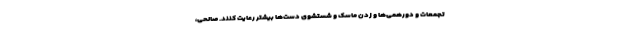
تجمعات و دورهمی‌ها و زدن ماسک و شستشوی دست‌ها بیشتر رعایت کنند. صالحی،